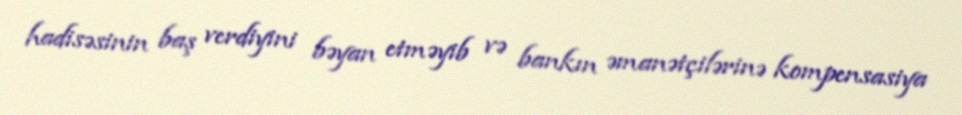
hadisəsinin baş verdiyini bəyan etməyib və bankın əmanətçilərinə kompensasiya